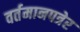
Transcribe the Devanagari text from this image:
वर्तमानपत्रेर